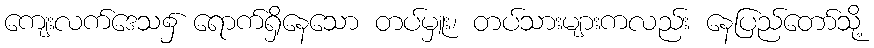
ကျေးလက်ဒေသ၌ ရောက်ရှိနေသော တပ်မှူး၊ တပ်သားများကလည်း နေပြည်တော်သို့